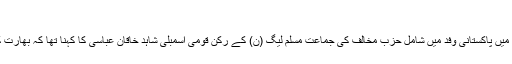
‘‘
پاک بھارت اراکین پارلیمان کے اجلاس میں پاکستانی وفد میں شامل حزب مخالف کی جماعت مسلم لیگ (ن) کے رکن قومی اسمبلی شاہد خاقان عباسی کا کہنا تھا کہ بھارت کو این ایف این کا درجہ دیا جانا چاہیئے۔